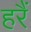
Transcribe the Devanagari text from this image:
हरैं